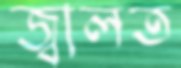
জ্বালত